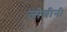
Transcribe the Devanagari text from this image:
जोशीनी